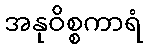
အနုဝိစ္စကာရံ